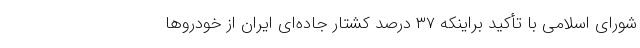
شورای اسلامی با تأکید براینکه ۳۷ درصد کشتار جاده‌ای ایران از خودروها